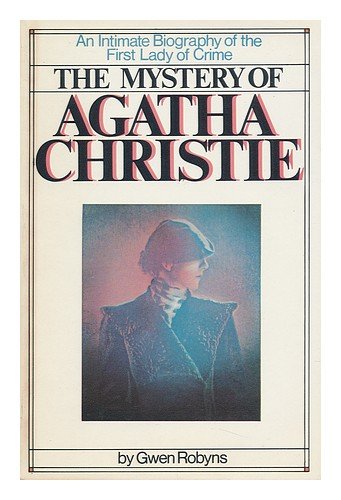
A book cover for The Mystery of Agatha Christie; Gwen Robyns; Mystery, Thriller & Suspense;